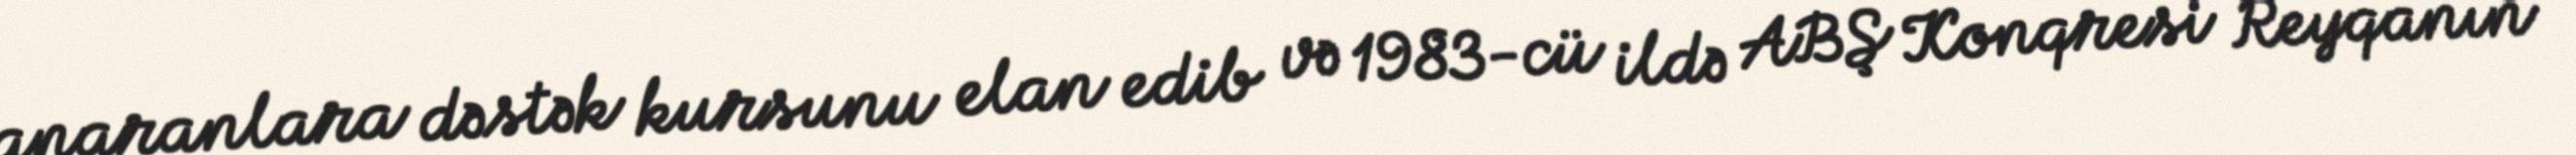
aparanlara dəstək kursunu elan edib və 1983-cü ildə ABŞ Konqresi Reyqanın